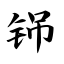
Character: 铞